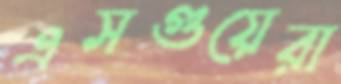
এসগুয়েরা